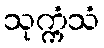
သုက္ကံသံ